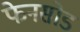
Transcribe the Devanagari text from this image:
फेनसोड